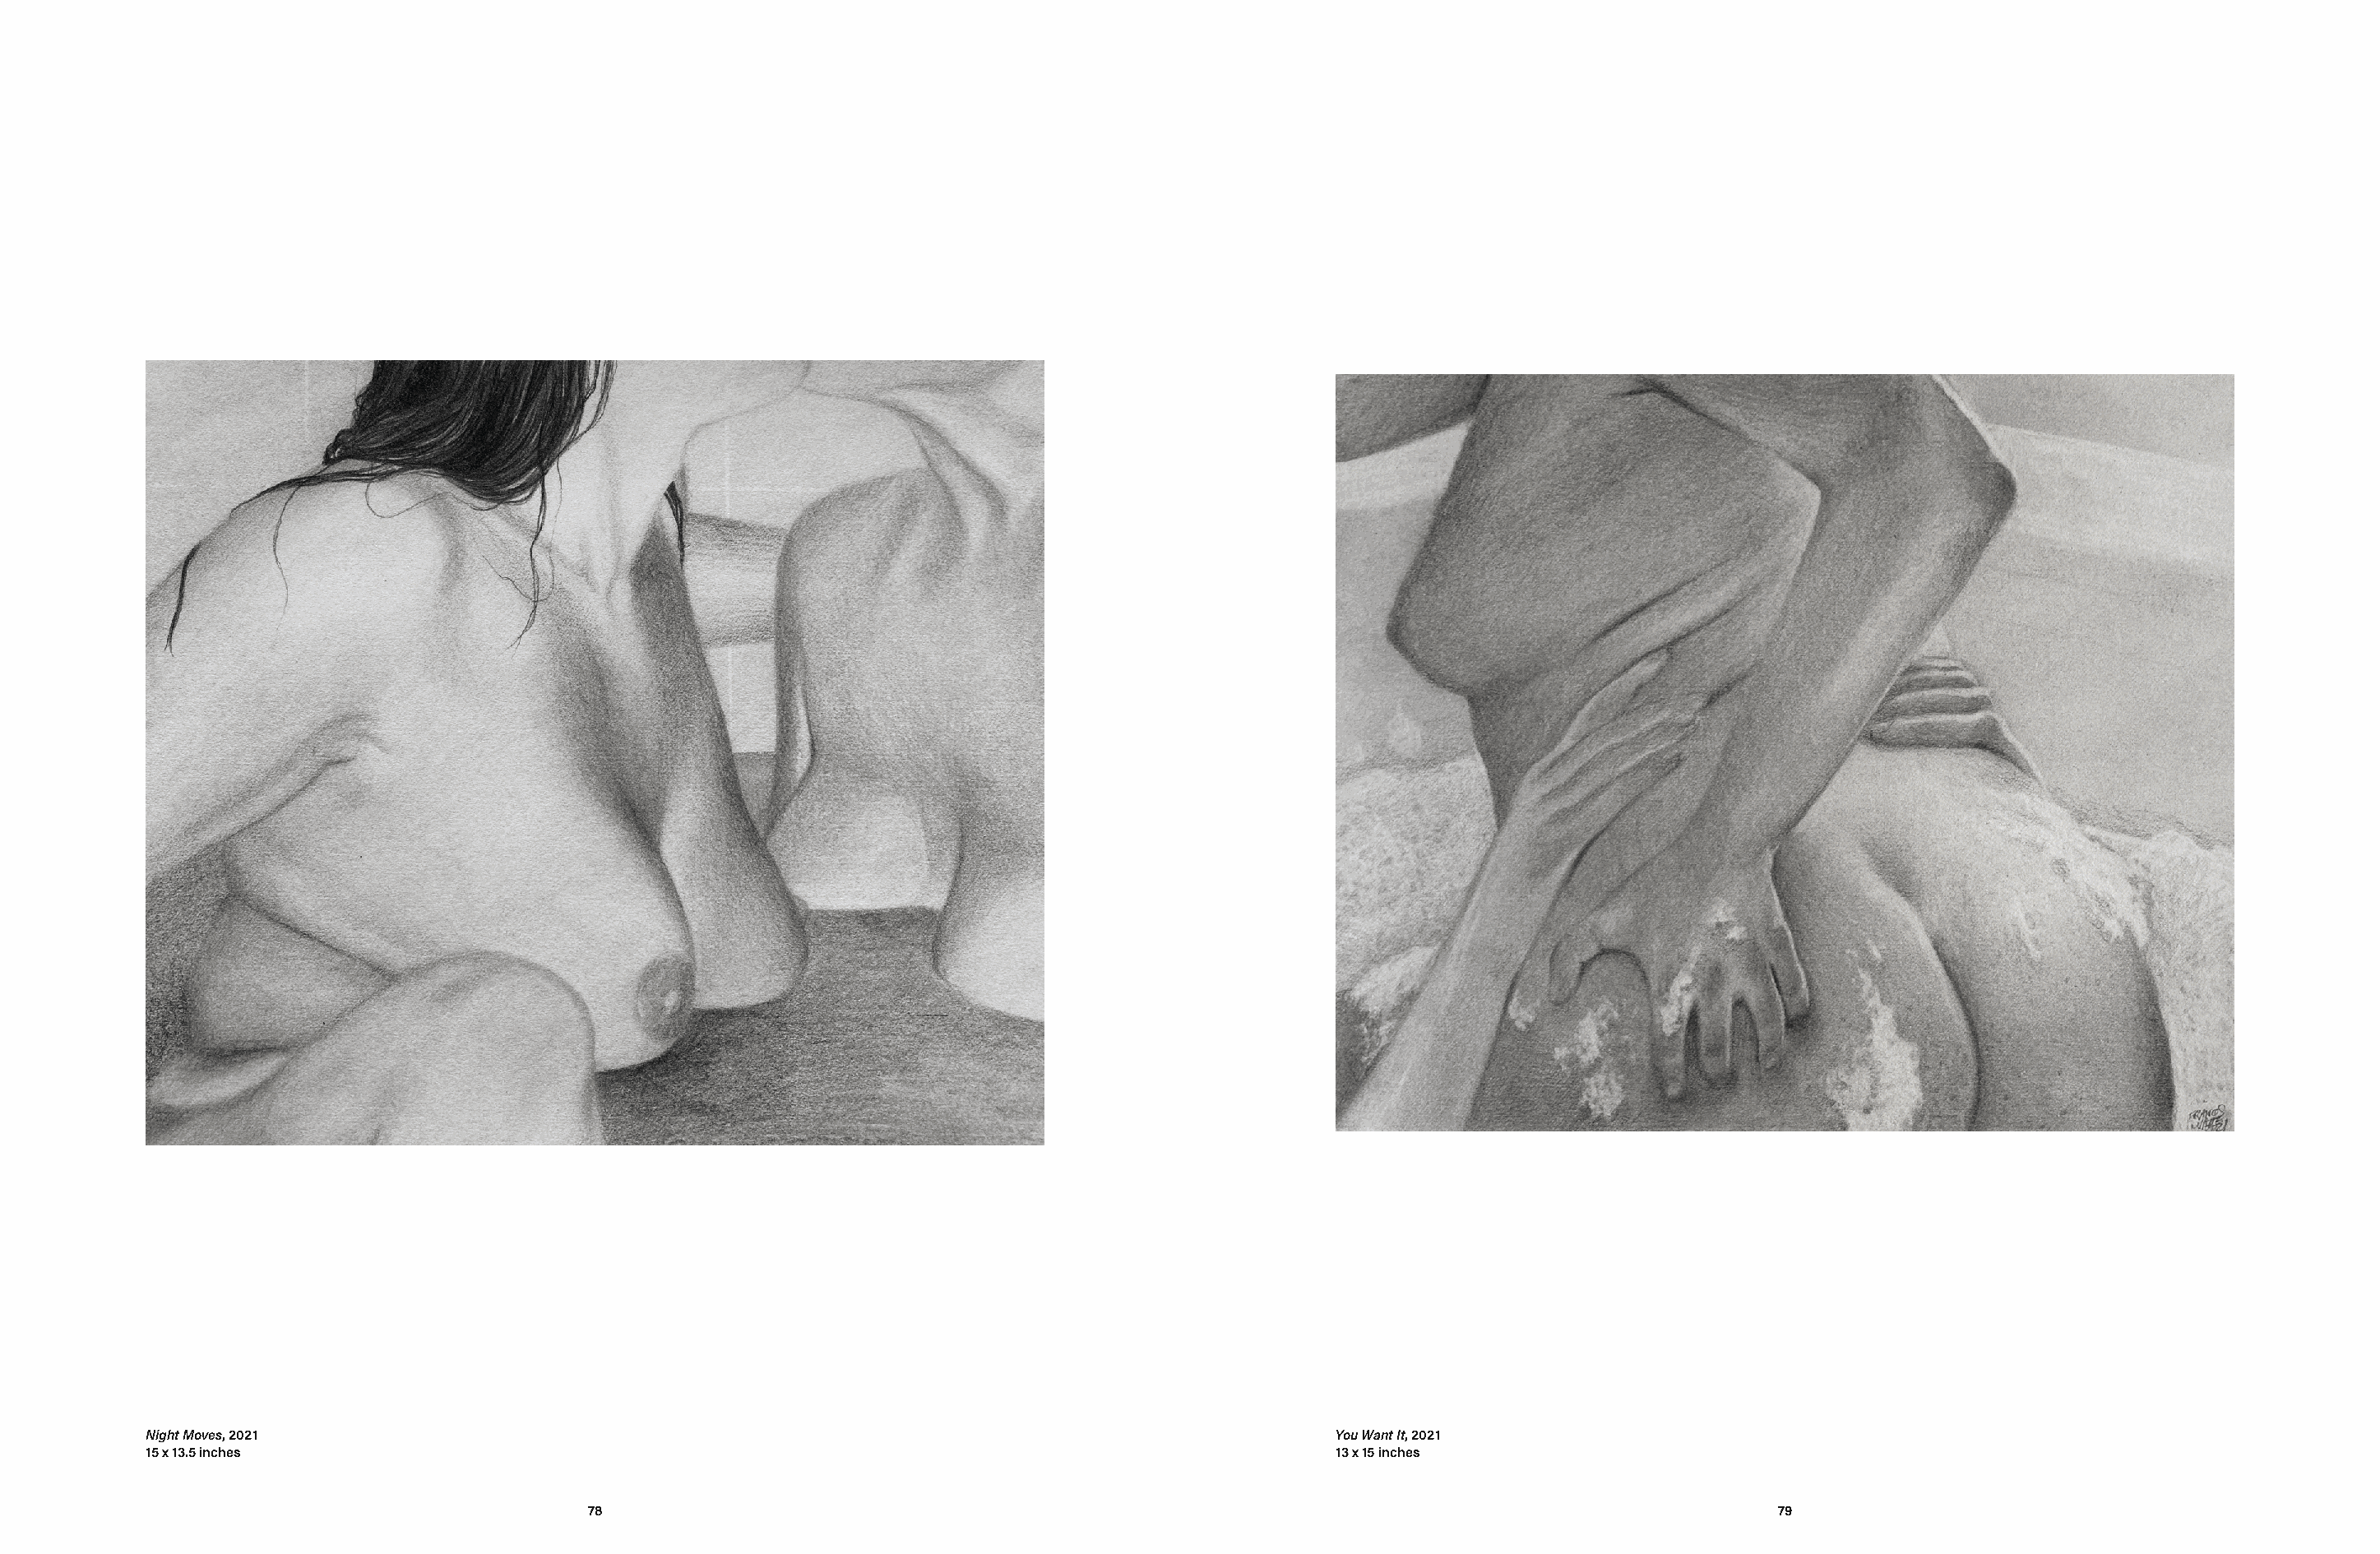
Night Moves, 2021                                                                               You Want It, 2021
 15 x 13.5 inches                                                                                13 x 15 inches
 78                                                                                              79